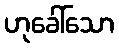
ဟုခေါ်သော